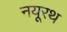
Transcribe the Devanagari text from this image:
नयूरथ